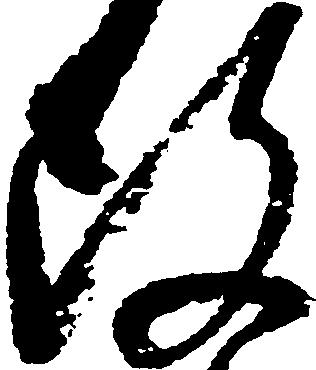
改